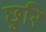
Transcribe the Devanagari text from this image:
छुरि